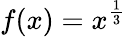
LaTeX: f(x)=x^{\frac{1}{3}}